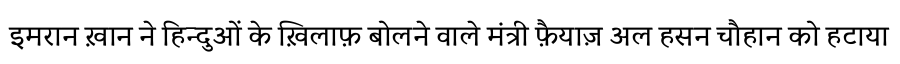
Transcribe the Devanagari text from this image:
इमरान ख़ान ने हिन्दुओं के ख़िलाफ़ बोलने वाले मंत्री फ़ैयाज़ अल हसन चौहान को हटाया